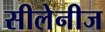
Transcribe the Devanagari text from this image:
सीलेनीज